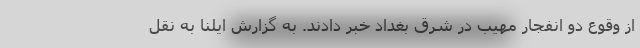
از وقوع دو انفجار مهیب در شرق بغداد خبر دادند. به گزارش ایلنا به نقل